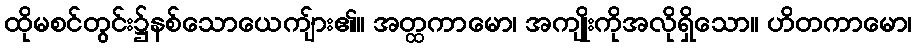
ထိုမစင်တွင်း၌နစ်သောယေကျ်ား၏။ အတ္ထကာမော၊ အကျိုးကိုအလိုရှိသော။ ဟိတကာမော၊